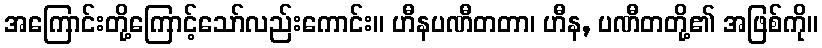
အကြောင်းတို့ကြောင့်သော်လည်းကောင်း။ ဟီနပဏီတတာ၊ ဟီန, ပဏီတတို့၏ အဖြစ်ကို။